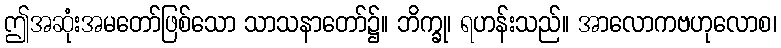
ဤအဆုံးအမတော်ဖြစ်သော သာသနာတော်၌။ ဘိက္ခု၊ ရဟန်းသည်။ အာလောကဗဟုလောစ၊